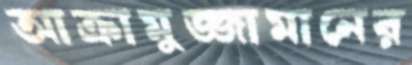
আক্রামুজ্জামানের